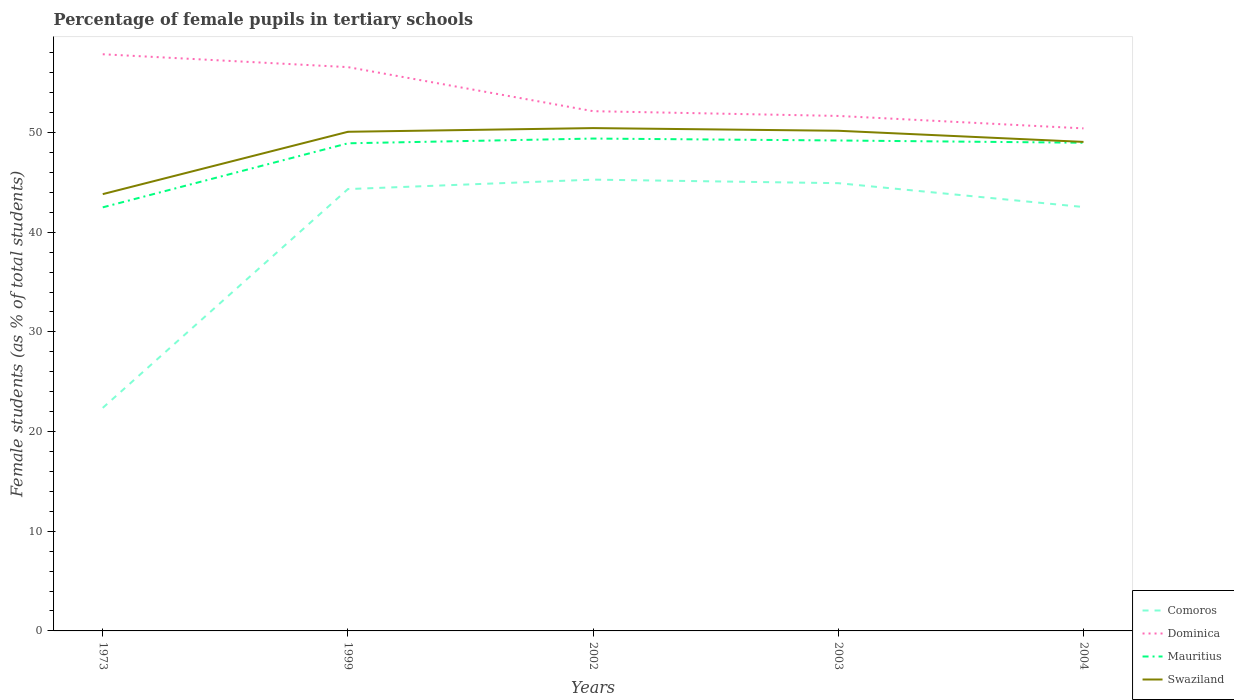
| Years | Comoros | Dominica | Mauritius | Swaziland |
 | --- | --- | --- | --- | --- |
 | 1973 | 22.4 | 57.9 | 42.5 | 43.8 |
 | 1999 | 44.3 | 56.6 | 48.9 | 50.1 |
 | 2002 | 45.3 | 52.1 | 49.4 | 50.4 |
 | 2003 | 44.9 | 51.7 | 49.2 | 50.2 |
 | 2004 | 42.5 | 50.4 | 49 | 49.1 |